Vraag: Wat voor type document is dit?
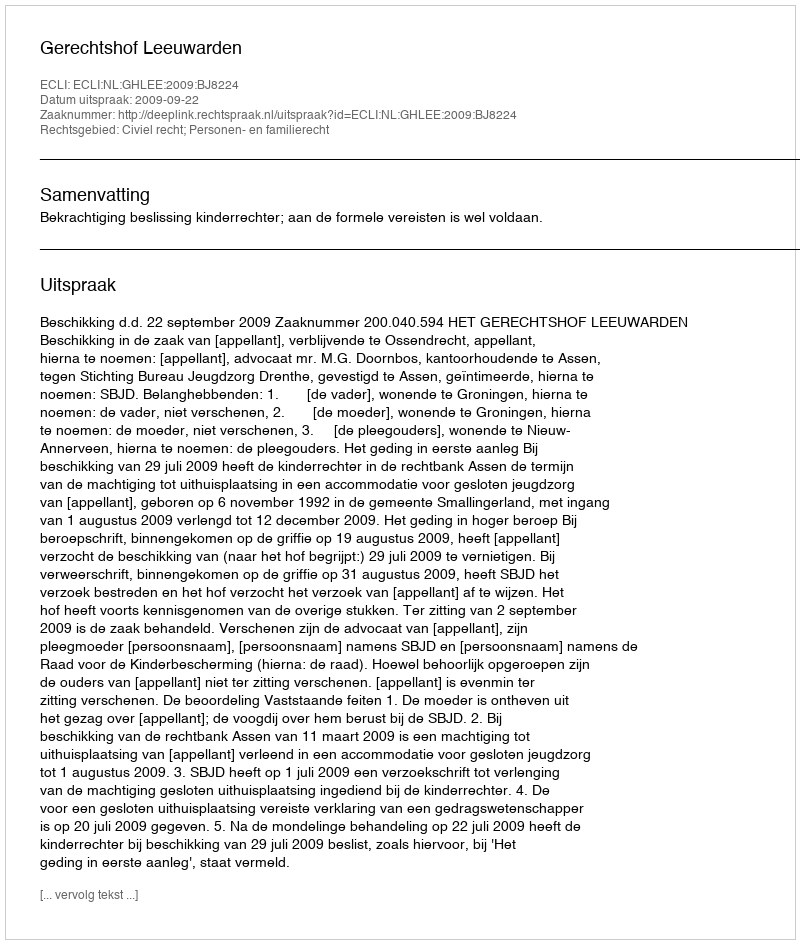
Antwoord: Uitspraak